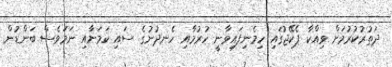
ދަތުރުކުރުމަށް ވިއްކާ ޕެކޭޖުގައި ހިމެނިފައިވާނީ ހުރުމާއި ހެނދުނުގެ ސައި ކަމަށާއި ނަމަވެސް ބަންޑުން